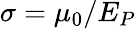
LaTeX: \sigma=\mu_{0}/E_{P}